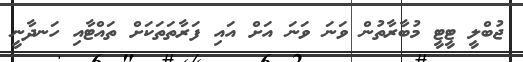
ޖުބްލީ ޓީޓީ މުބާރާތުން ވަނަ ވަނަ އަށް އައި ފަރާތަތަކަށް ތައްޓާއި ހަނދާނީ